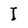
Character: I